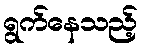
ရွက်နေသည့်